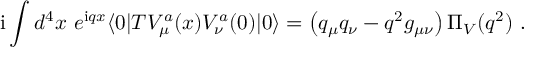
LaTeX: \mathrm { i } \int d ^ { 4 } x \ e ^ { \mathrm { i } q x } \langle 0 | T V _ { \mu } ^ { a } ( x ) V _ { \nu } ^ { a } ( 0 ) | 0 \rangle = \left( q _ { \mu } q _ { \nu } - q ^ { 2 } g _ { \mu \nu } \right) \Pi _ { V } ( q ^ { 2 } ) \ .